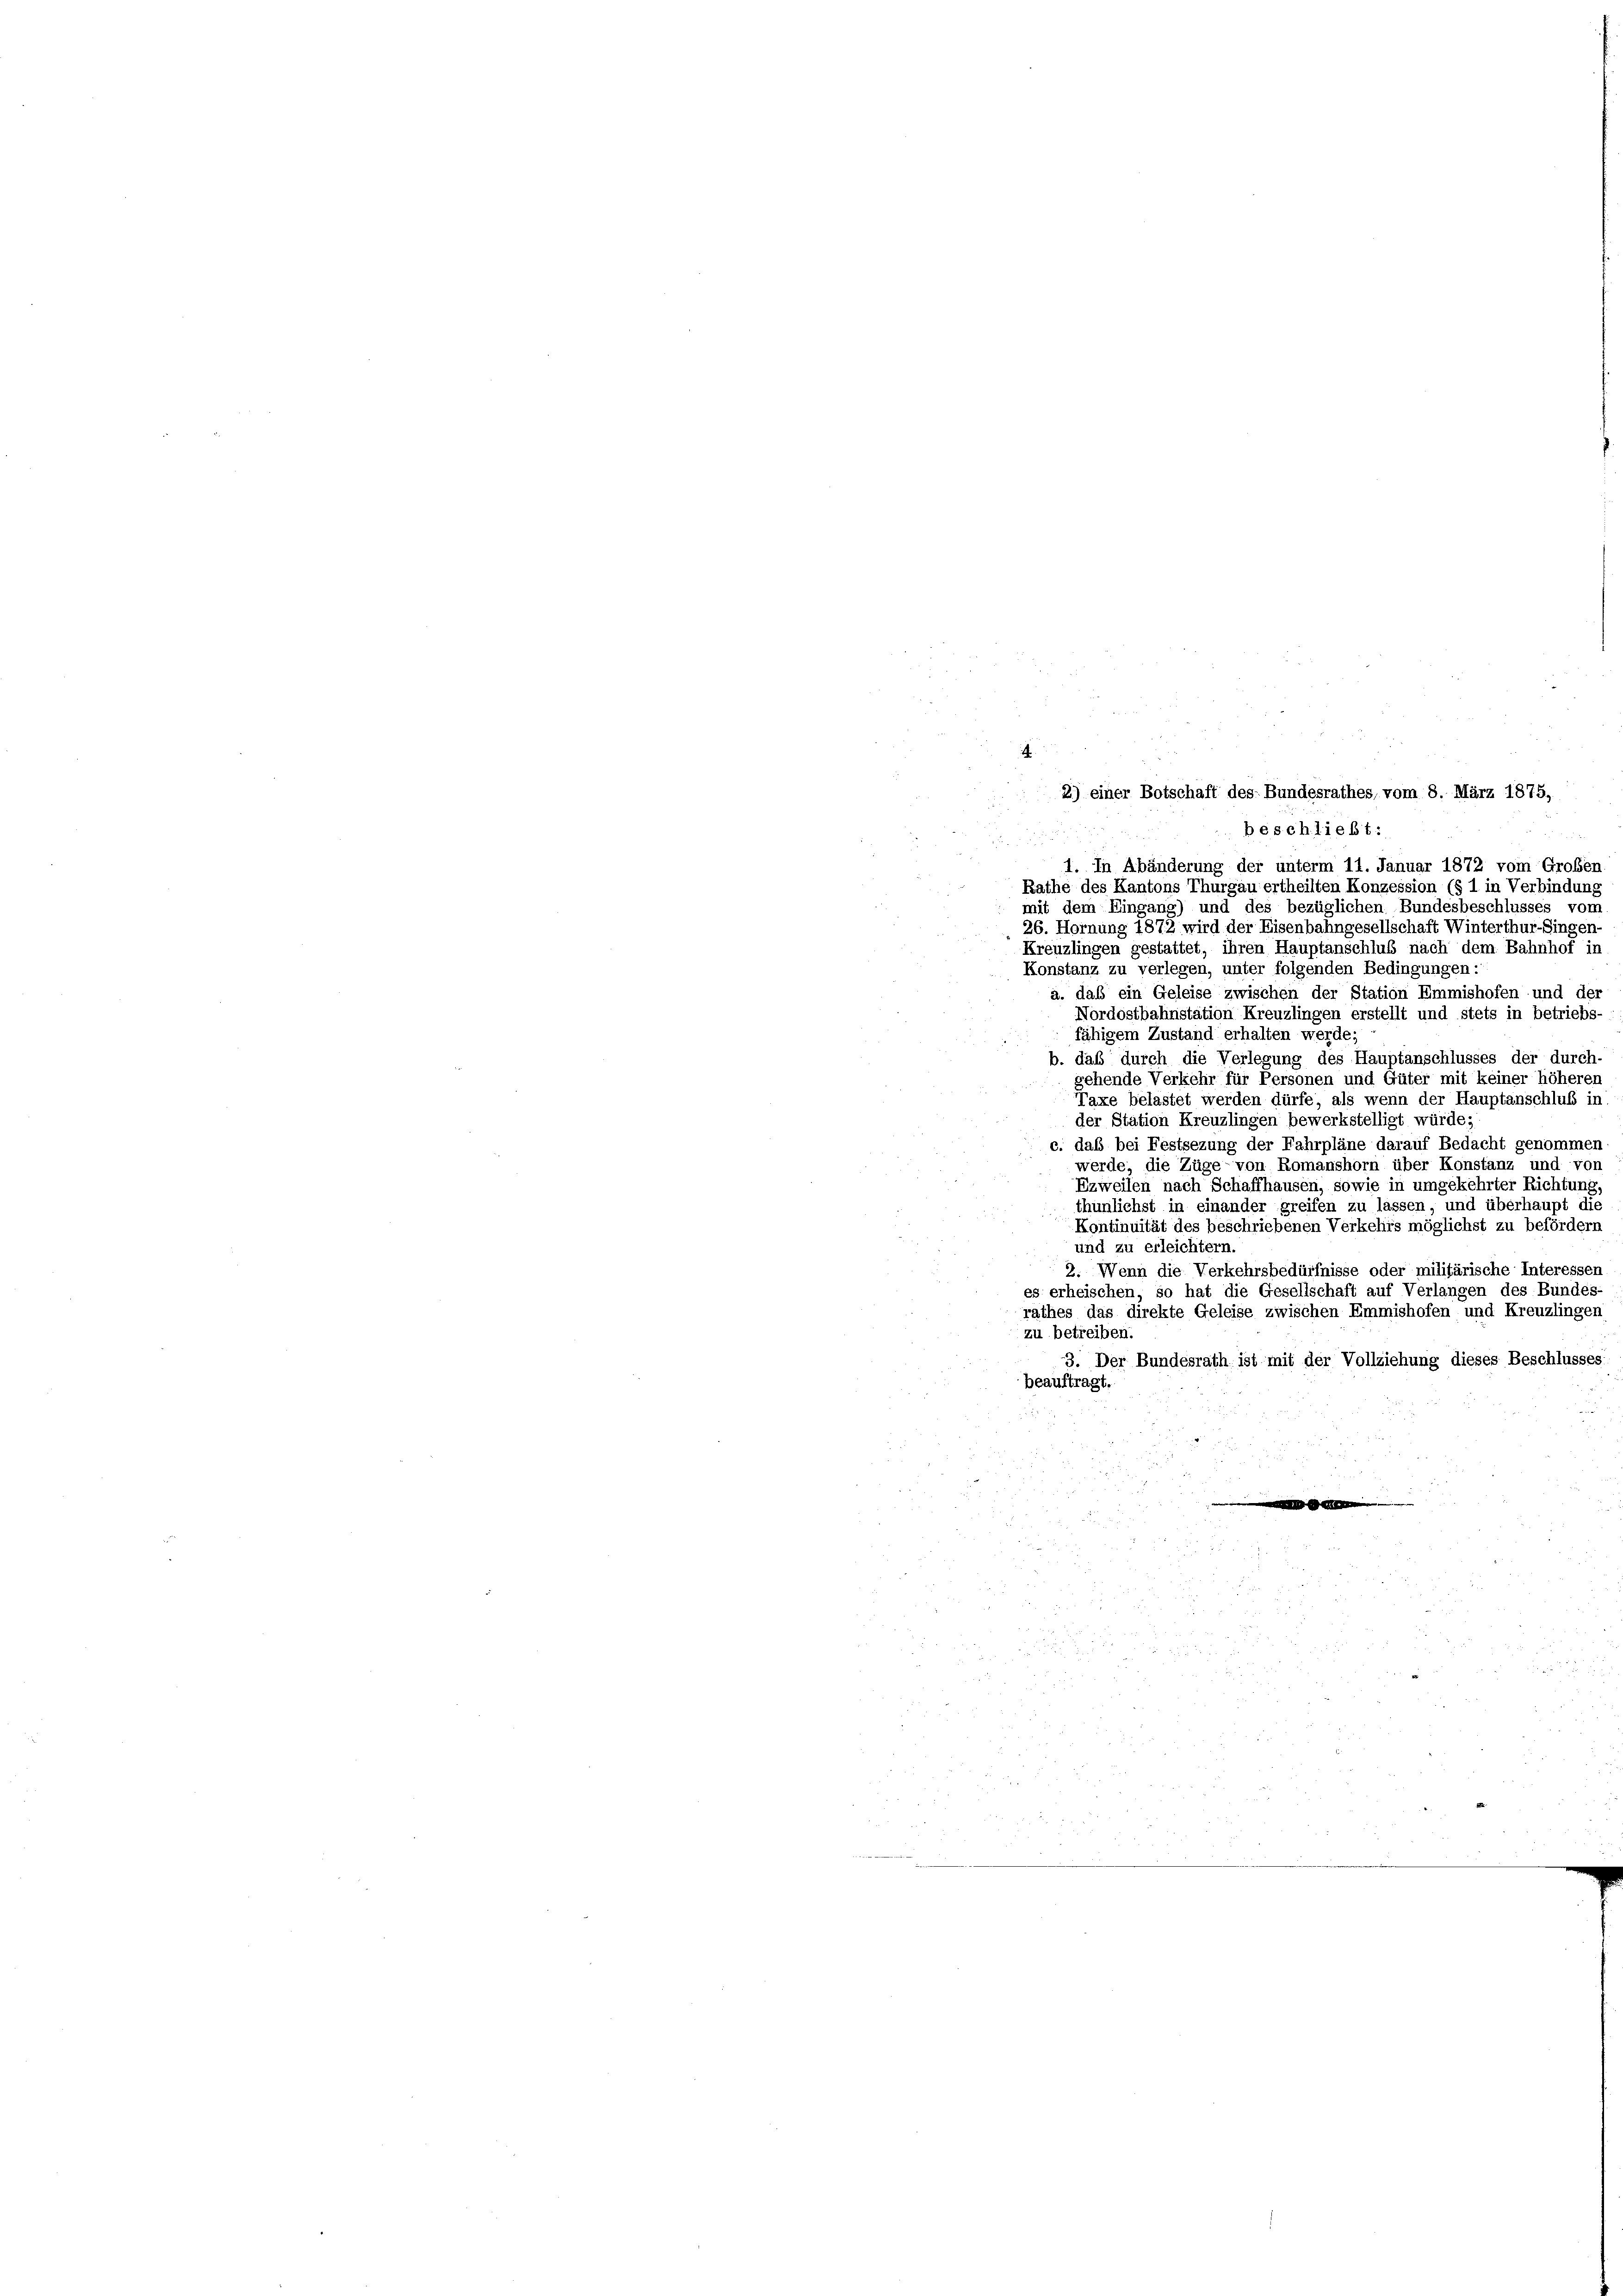
3
beschließt:
1. In Abänderung der unterm 11. Januar 1872 vom Großen,
Rathe des Kantons Thurgau ertheilten Konzession (§ 1 in Verbindung
mit dem Eingang) und des bezüglichen Bundesbeschlusses vom
26. Hornung 1872 wird der Eisenbahngesellschaft Winterthur–Singen-
Kreuzlingen gestattet, ihren Hauptanschluß nach dem Bahnhof in
Konstanz zu verlegen, unter folgenden Bedingungen
a. daß ein Geleise zwischen der Station Emmishofen und der
Nordostbahnstation Kreuzlingen erstellt und stets in betriebs-
fähigem Zustand erhalten werde;
b. daß durch die Verlegung des Hauptanschlusses der durch
gehende Verkehr für Personen und Güter mit keiner höheren
Taxe belastet werden dürfe, als wenn der Hauptanschluß in
der Station Kreuzlingen bewerkstelligt würde;
das bei Festsezung der Fahrpläne darauf Bedacht genommen
werde, die Züge von Romanshorn über Konstanz und von
Ezweilen nach Schaffhausen, sowie in umgekehrter Richtung,
thunlichst in einander greifen zu lassen, und überhaupt die
Kontinuität des beschriebenen Verkehrs möglichst zu befördern
und zu erleichtern.
2. Wenn die Verkehrsbedürfnisse oder militärische Interessen
es erheischen, so hat die Gesellschaft auf Verlangen des Bundes
rathes das direkte Geleise zwischen Emmishofen und Kreuzlingen
zu betreiben.
3. Der Bundesrath ist mit der Vollziehung dieses Beschlusses
beauftragt.
m
5

4
2) einer Botschaft des Bundesrathes, vom 8. März 1875,

u